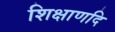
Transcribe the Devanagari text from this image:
शिक्षाणदि